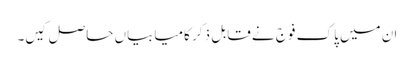
ان میں پاک فوج نے قابلِ ذکر کامیابیاں حاصل کیں۔